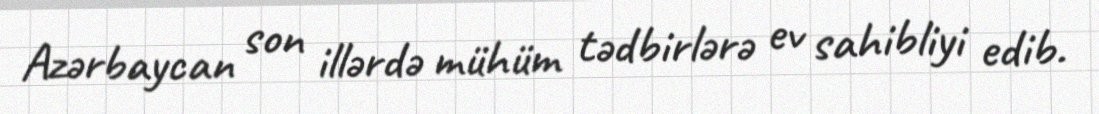
Azərbaycan son illərdə mühüm tədbirlərə ev sahibliyi edib.